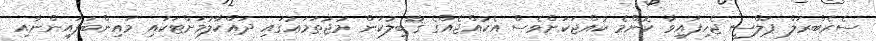
ސެރެބްރަލް ޕަލްސީ ޖެހިފައިވާ ކޮންމެ ކުއްޖަކަށްވެސް އެކުއްޖެއްގެ ޤާބިލުކަން މުޖުތަމަޢުގައި ދައްކާލުމަށްޓަކައި މައިންބަފައިންނާއި